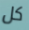
كل